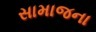
સામાજના